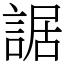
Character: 䛯